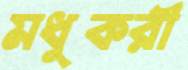
মধুকরী